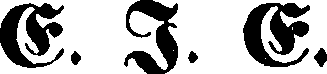
E.I. E.